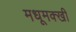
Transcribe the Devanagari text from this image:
मधूमक्खी